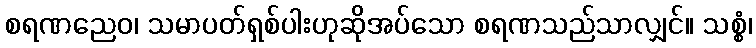
စရဏညေဝ၊ သမာပတ်ရှစ်ပါးဟုဆိုအပ်သော စရဏသည်သာလျှင်။ သစ္စံ၊